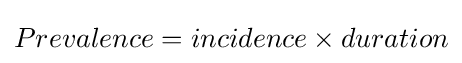
Prevalence=incidence\times duration